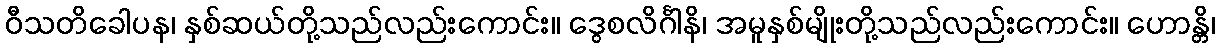
ဝီသတိခေါပန၊ နှစ်ဆယ်တို့သည်လည်းကောင်း။ ဒွေစလိင်္ဂါနိ၊ အမူနှစ်မျိုးတို့သည်လည်းကောင်း။ ဟောန္တိ၊